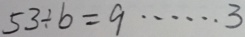
5 3 \div b = 9 \cdots 3